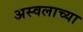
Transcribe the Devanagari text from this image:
अस्वलाच्या